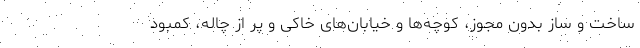
ساخت و ساز بدون مجوز، کوچه‌ها و خیابان‌های خاکی و پر از چاله، کمبود